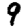
Digit: 9